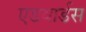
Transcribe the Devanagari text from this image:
एडवार्डस